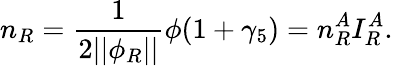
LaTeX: n_{R}=\frac 1{2||\phi_{R}||}\phi(1+\gamma_{5})=n_{R}^{A}I_{R}^{A}.